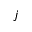
j